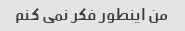
من اینطور فکر نمی کنم